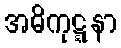
အဓိကုဋ္ဋနာ